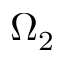
\Omega _ { 2 }